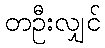
တဦးလျှင်